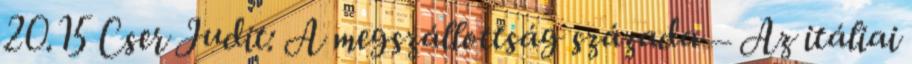
20.15 Cser Judit: A megszállottság százada – Az itáliai